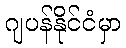
ဂျပန်နိုင်ငံမှာ